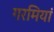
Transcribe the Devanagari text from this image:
गरमियां